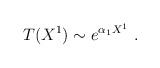
LaTeX: \begin{align*}T(X^1) \sim e^{\alpha_1 X^1}\ . \end{align*}